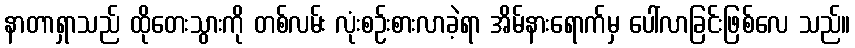
နာတာရှာသည် ထိုတေးသွားကို တစ်လမ်း လုံးစဉ်းစားလာခဲ့ရာ အိမ်နားရောက်မှ ပေါ်လာခြင်းဖြစ်လေ သည်။